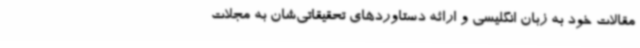
مقالات خود به زبان انگلیسی و ارائه دستاوردهای تحقیقاتی‌شان به مجلات